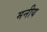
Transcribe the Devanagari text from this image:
मनीय